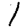
Digit: 1